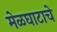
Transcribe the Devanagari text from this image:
मेळघाटाचे